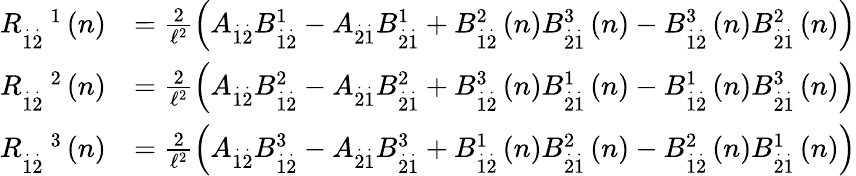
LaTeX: \begin{array}{rl}{R_{\overset{.}{1}\overset{.}{2}}^{\quad 1}\left(n\right)}&{=\frac{2}{\mathcal{\ell}^{2}}\left(A_{\overset{.}{1}\overset{.}{2}}B_{\overset{.}{1}\overset{.}{2}}^{1}-A_{\overset{.}{2}\overset{.}{1}}B_{\overset{.}{2}\overset{.}{1}}^{1}+B_{\overset{.}{1}\overset{.}{2}}^{2}\left(n\right)B_{\overset{.}{2}\overset{.}{1}}^{3}\left(n\right)-B_{\overset{.}{1}\overset{.}{2}}^{3}\left(n\right)B_{\overset{.}{2}\overset{.}{1}}^{2}\left(n\right)\right)}\\ {R_{\overset{.}{1}\overset{.}{2}}^{\quad 2}\left(n\right)}&{=\frac{2}{\mathcal{\ell}^{2}}\left(A_{\overset{.}{1}\overset{.}{2}}B_{\overset{.}{1}\overset{.}{2}}^{2}-A_{\overset{.}{2}\overset{.}{1}}B_{\overset{.}{2}\overset{.}{1}}^{2}+B_{\overset{.}{1}\overset{.}{2}}^{3}\left(n\right)B_{\overset{.}{2}\overset{.}{1}}^{1}\left(n\right)-B_{\overset{.}{1}\overset{.}{2}}^{1}\left(n\right)B_{\overset{.}{2}\overset{.}{1}}^{3}\left(n\right)\right)}\\ {R_{\overset{.}{1}\overset{.}{2}}^{\quad 3}\left(n\right)}&{=\frac{2}{\mathcal{\ell}^{2}}\left(A_{\overset{.}{1}\overset{.}{2}}B_{\overset{.}{1}\overset{.}{2}}^{3}-A_{\overset{.}{2}\overset{.}{1}}B_{\overset{.}{2}\overset{.}{1}}^{3}+B_{\overset{.}{1}\overset{.}{2}}^{1}\left(n\right)B_{\overset{.}{2}\overset{.}{1}}^{2}\left(n\right)-B_{\overset{.}{1}\overset{.}{2}}^{2}\left(n\right)B_{\overset{.}{2}\overset{.}{1}}^{1}\left(n\right)\right)}\end{array}